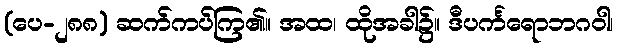
(ပေ-၂၈၈) ဆက်ကပ်ကြ၏။ အထ၊ ထိုအခါ၌။ ဒီပင်္ကရောဘဂဝါ၊